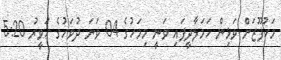
މަހުފޫޒަށް ވަޅިން ހަމަލާދީފައި ވަނީ މިމަހުގެ 04 ވަނަ ދުވަހުގެ ހަވީރު 5:20